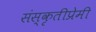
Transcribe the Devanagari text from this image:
संस्कृतीप्रेमी